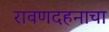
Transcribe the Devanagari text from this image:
रावणदहनाचा